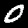
Label: 0